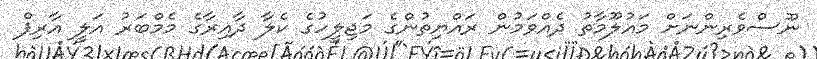
ނޫސްވެރިންނަށް މައުލޫމާތު ދެއްވަމުން ރައްޔިތުންގެ މަޖިލީހުގެ ކެލާ ދާއިރާގެ މެމްބަރު އަލީ އާރިފް